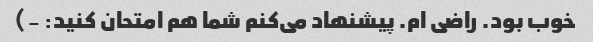
خوب بود. راضی ام. پیشنهاد می‌کنم شما هم امتحان کنید: -)